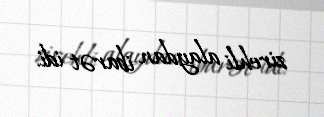
zirehli alaydan ibarət idi.